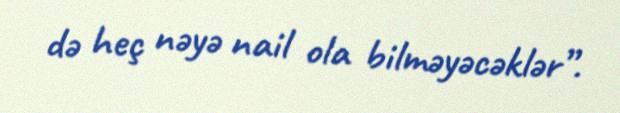
də heç nəyə nail ola bilməyəcəklər”.